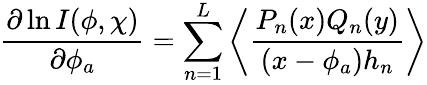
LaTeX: \frac{\partial\ln I(\phi,\chi)}{\partial\phi_{a}}=\sum_{n=1}^{L}\left\langle\frac{P_{n}(x)Q_{n}(y)}{(x-\phi_{a})h_{n}}\right\rangle